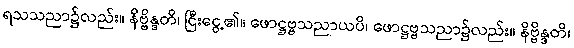
ရသသညာ၌လည်း။ နိဗ္ဗိန္ဒတိ၊ ငြီးငွေ့၏။ ဖောဋ္ဌဗ္ဗသညာယပိ၊ ဖောဋ္ဌဗ္ဗသညာ၌လည်း။ နိဗ္ဗိန္ဒတိ၊